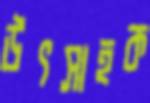
উৎসাহক